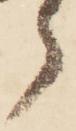
ら